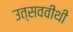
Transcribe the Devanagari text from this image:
उत्सववीथी